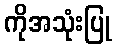
ကိုအသုံးပြု